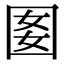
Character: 𡇔